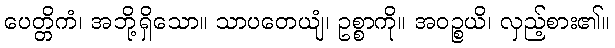
ပေတ္တိကံ၊ အဘို့ရှိသော။ သာပတေယျံ၊ ဥစ္စာကို။ အဝဉ္စယိ၊ လှည့်စား၏။